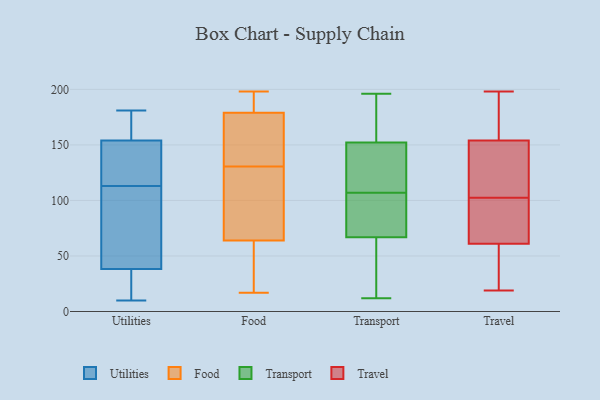
{"axis": {"x": "Latency (ms)", "y": "Value"}, "legend": ["Food", "Transport", "Travel", "Utilities"], "data": [{"x": "", "y": 164, "type": "Utilities"}, {"x": "", "y": 181, "type": "Utilities"}, {"x": "", "y": 134, "type": "Utilities"}, {"x": "", "y": 148, "type": "Utilities"}, {"x": "", "y": 21, "type": "Utilities"}, {"x": "", "y": 176, "type": "Utilities"}, {"x": "", "y": 84, "type": "Utilities"}, {"x": "", "y": 10, "type": "Utilities"}, {"x": "", "y": 35, "type": "Utilities"}, {"x": "", "y": 48, "type": "Utilities"}, {"x": "", "y": 113, "type": "Utilities"}, {"x": "", "y": 156, "type": "Utilities"}, {"x": "", "y": 116, "type": "Utilities"}, {"x": "", "y": 11, "type": "Utilities"}, {"x": "", "y": 79, "type": "Utilities"}, {"x": "", "y": 62, "type": "Food"}, {"x": "", "y": 197, "type": "Food"}, {"x": "", "y": 198, "type": "Food"}, {"x": "", "y": 156, "type": "Food"}, {"x": "", "y": 17, "type": "Food"}, {"x": "", "y": 33, "type": "Food"}, {"x": "", "y": 125, "type": "Food"}, {"x": "", "y": 62, "type": "Food"}, {"x": "", "y": 191, "type": "Food"}, {"x": "", "y": 85, "type": "Food"}, {"x": "", "y": 86, "type": "Food"}, {"x": "", "y": 61, "type": "Food"}, {"x": "", "y": 186, "type": "Food"}, {"x": "", "y": 155, "type": "Food"}, {"x": "", "y": 172, "type": "Food"}, {"x": "", "y": 152, "type": "Food"}, {"x": "", "y": 78, "type": "Food"}, {"x": "", "y": 66, "type": "Food"}, {"x": "", "y": 187, "type": "Food"}, {"x": "", "y": 136, "type": "Food"}, {"x": "", "y": 25, "type": "Transport"}, {"x": "", "y": 155, "type": "Transport"}, {"x": "", "y": 72, "type": "Transport"}, {"x": "", "y": 12, "type": "Transport"}, {"x": "", "y": 65, "type": "Transport"}, {"x": "", "y": 196, "type": "Transport"}, {"x": "", "y": 169, "type": "Transport"}, {"x": "", "y": 144, "type": "Transport"}, {"x": "", "y": 107, "type": "Transport"}, {"x": "", "y": 81, "type": "Transport"}, {"x": "", "y": 117, "type": "Transport"}, {"x": "", "y": 34, "type": "Travel"}, {"x": "", "y": 114, "type": "Travel"}, {"x": "", "y": 45, "type": "Travel"}, {"x": "", "y": 70, "type": "Travel"}, {"x": "", "y": 28, "type": "Travel"}, {"x": "", "y": 198, "type": "Travel"}, {"x": "", "y": 64, "type": "Travel"}, {"x": "", "y": 178, "type": "Travel"}, {"x": "", "y": 111, "type": "Travel"}, {"x": "", "y": 69, "type": "Travel"}, {"x": "", "y": 160, "type": "Travel"}, {"x": "", "y": 149, "type": "Travel"}, {"x": "", "y": 19, "type": "Travel"}, {"x": "", "y": 61, "type": "Travel"}, {"x": "", "y": 150, "type": "Travel"}, {"x": "", "y": 154, "type": "Travel"}, {"x": "", "y": 94, "type": "Travel"}, {"x": "", "y": 196, "type": "Travel"}]}